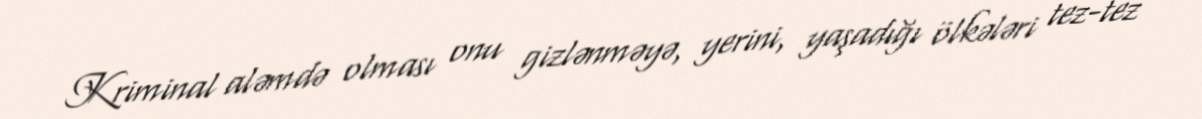
Kriminal aləmdə olması onu gizlənməyə, yerini, yaşadığı ölkələri tez-tez